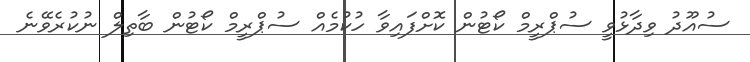
ސުއޫދު ވިދާޅުވީ ސުޕްރީމް ކޯޓުން ކޮށްފައިވާ ހުކުމެއް ސުޕްރީމް ކޯޓުން ބާތިލް ނުކުރެވޭނެ